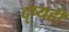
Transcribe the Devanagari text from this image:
दृष्यही